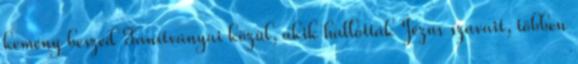
kemény beszéd Tanítványai közül, akik hallották Jézus szavait, többen